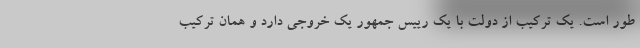
طور است. یک ترکیب از دولت با یک رییس جمهور یک خروجی دارد و همان ترکیب